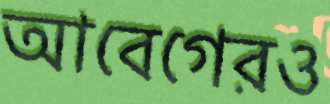
আবেগেরও